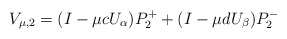
\begin{align*}V_{\mu,2}=(I-\mu cU_\alpha)P_2^++(I-\mu dU_\beta)P_2^-\end{align*}